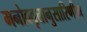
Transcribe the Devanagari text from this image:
मनोववृत्तानुसारिणीम्